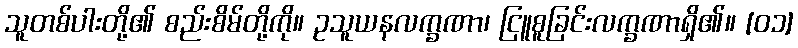
သူတစ်ပါးတို့၏ စည်းစိမ်တို့ကို။ ဥသူယနလက္ခဏာ၊ ငြူစူခြင်းလက္ခဏာရှိ၏။ [၀၁]